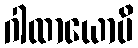
ဂါထာယောပိ